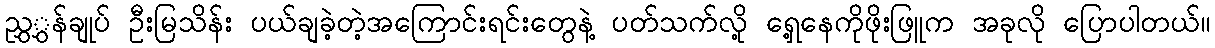
ညွှွှန်ချုပ် ဦးမြသိန်း ပယ်ချခဲ့တဲ့အကြောင်းရင်းတွေနဲ့ ပတ်သက်လို့ ရှေ့နေကိုဖိုးဖြူက အခုလို ပြောပါတယ်။